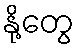
နို့တွေ